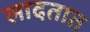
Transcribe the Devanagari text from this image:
लादतात